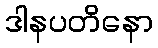
ဒါနပတိနော